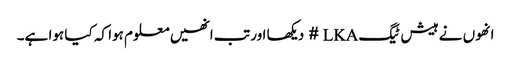
انھوں نے ہیش ٹیگ LKA # دیکھا اور تب انھیں معلوم ہوا کہ کیا ہوا ہے۔